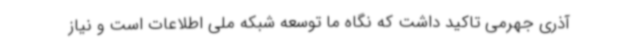
آذری جهرمی تاکید داشت که نگاه ما توسعه شبکه ملی اطلاعات است و نیاز